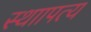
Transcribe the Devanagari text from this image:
स्थाापत्य